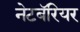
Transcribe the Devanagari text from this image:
नेटबॅरियर